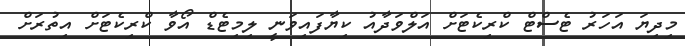
މިދިޔަ އަހަރު ޓެސްޓް ކްރިކެޓަށް އަލްވަދާއު ކިޔާފައިވަނީ ލިމިޓެޑް އޯވާ ކްރިކެޓަށް އިތުރަށް